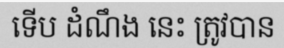
ទើប ដំណឹង នេះ ត្រូវបាន